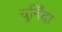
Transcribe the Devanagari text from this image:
चुनिँदा